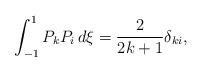
\begin{align*}\int_{-1}^{1} P_kP_i \,d\xi = \frac {2}{2k+1}\delta_{ki},\end{align*}